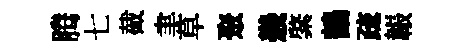
腾七截聿草聚㡬綮鶴疏韔